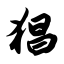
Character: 猖